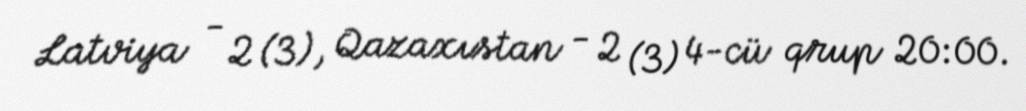
Latviya - 2 (3), Qazaxıstan - 2 (3) 4-cü qrup 20:00.